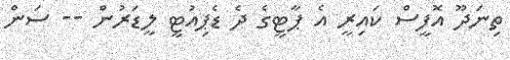
ތިނަދޫ އޮފީސް ކައިރީ އެ ޕާޓީގެ ދެ ޑެޕިއުޓީ ލީޑަރުން -- ސަން